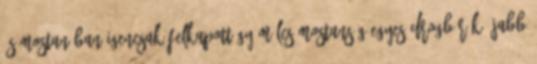
és mostanában igencsak felkapott gyümölcs mostanság egyes drogbárók újabb